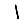
Digit: 1